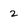
Character: 2